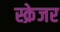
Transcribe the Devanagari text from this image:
स्क्रेजर